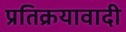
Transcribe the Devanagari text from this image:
प्रतिक्रयावादी